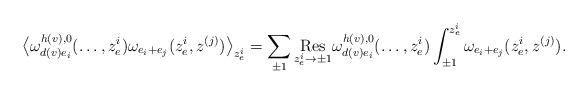
LaTeX: \begin{align*}\bigl\langle\omega_{d(v)e_i}^{h(v), 0}(\ldots, z_e^i)\omega_{e_i+e_j}(z_e^i,z^{(j)})\bigr\rangle_{z_e^i}=\sum_{\pm 1}\underset{z_e^i\rightarrow \pm 1}{\textrm{Res}}\omega_{d(v)e_i}^{h(v), 0}(\ldots, z_e^i)\int_{\pm 1}^{z_e^i}\omega_{e_i+e_j}(z_e^i,z^{(j)}).\end{align*}